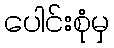
ပေါင်းစုံမှ